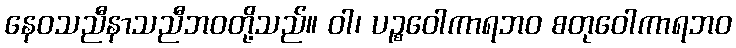
နေဝသညီနာသညီဘဝတို့သည်။ ဝါ၊ ပဉ္စဝေါကာရဘဝ စတုဝေါကာရဘဝ